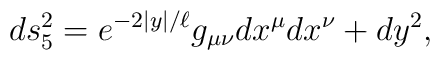
ds_5^2 = e^{-2|y|/\ell} g_{\mu \nu}dx^\mu dx^\nu + dy^2,